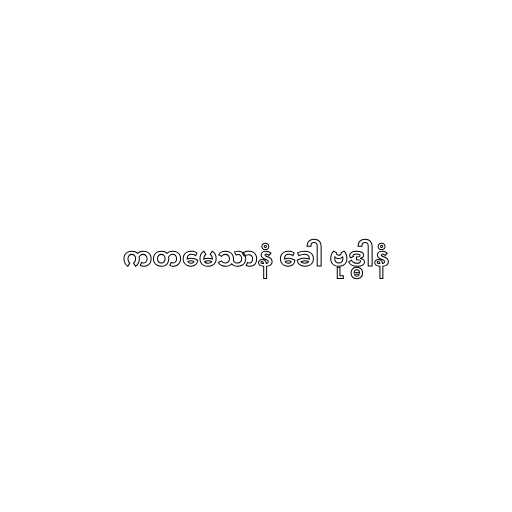
ကတမေသာနံ ခေါ ဗုဒ္ဓါနံ